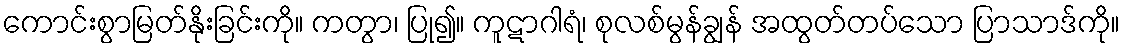
ကောင်းစွာမြတ်နိုးခြင်းကို။ ကတွာ၊ ပြု၍။ ကူဋာဂါရံ၊ စုလစ်မွန်ချွန် အထွတ်တပ်သော ပြာသာဒ်ကို။